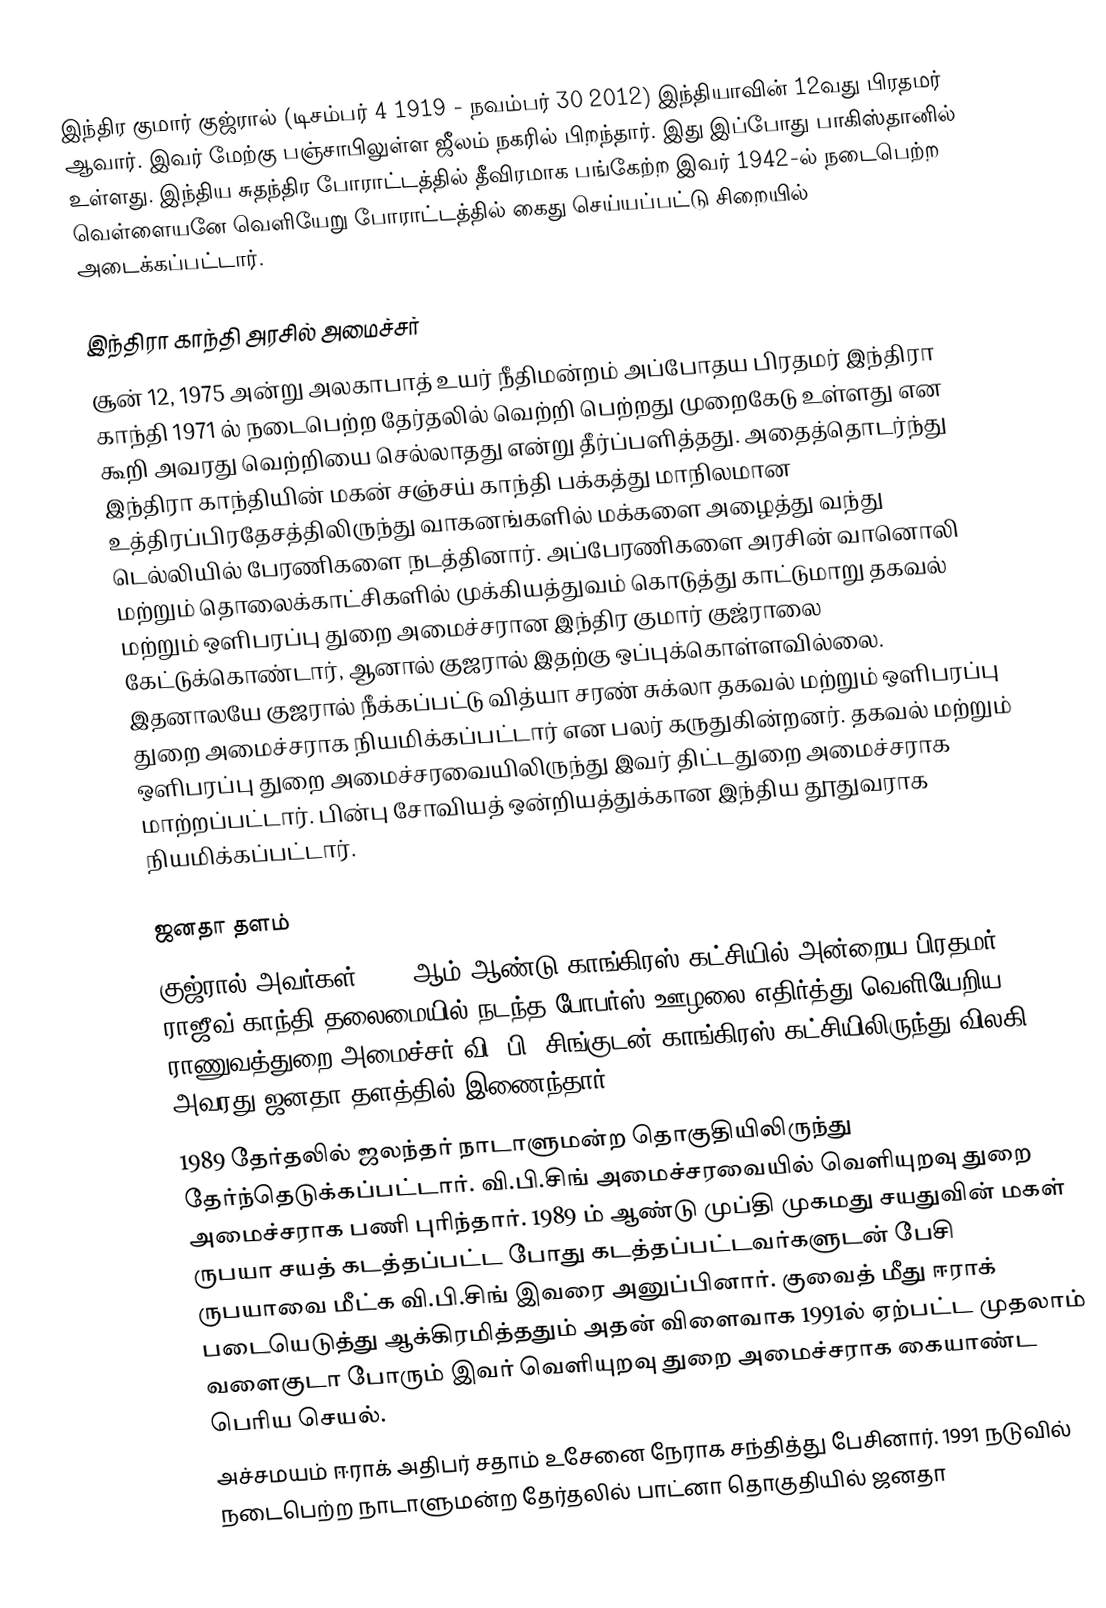
இந்திர குமார் குஜ்ரால் (டிசம்பர் 4 1919 - நவம்பர் 30 2012) இந்தியாவின் 12வது பிரதமர் ஆவார். இவர் மேற்கு பஞ்சாபிலுள்ள ஜீலம் நகரில் பிறந்தார். இது இப்போது பாகிஸ்தானில் உள்ளது. இந்திய சுதந்திர போராட்டத்தில் தீவிரமாக பங்கேற்ற இவர் 1942-ல் நடைபெற்ற வெள்ளையனே வெளியேறு போராட்டத்தில் கைது செய்யப்பட்டு சிறையில் அடைக்கப்பட்டார்.

இந்திரா காந்தி அரசில் அமைச்சர்
சூன் 12, 1975 அன்று அலகாபாத் உயர் நீதிமன்றம் அப்போதய பிரதமர் இந்திரா காந்தி 1971 ல் நடைபெற்ற தேர்தலில் வெற்றி பெற்றது முறைகேடு உள்ளது என கூறி அவரது வெற்றியை செல்லாதது என்று தீர்ப்பளித்தது. அதைத்தொடர்ந்து இந்திரா காந்தியின் மகன் சஞ்சய் காந்தி பக்கத்து மாநிலமான உத்திரப்பிரதேசத்திலிருந்து வாகனங்களில் மக்களை அழைத்து வந்து டெல்லியில் பேரணிகளை நடத்தினார். அப்பேரணிகளை அரசின் வானொலி மற்றும் தொலைக்காட்சிகளில் முக்கியத்துவம் கொடுத்து காட்டுமாறு தகவல் மற்றும் ஒளிபரப்பு துறை அமைச்சரான இந்திர குமார் குஜ்ராலை கேட்டுக்கொண்டார், ஆனால் குஜரால் இதற்கு ஒப்புக்கொள்ளவில்லை. இதனாலயே குஜரால் நீக்கப்பட்டு வித்யா சரண் சுக்லா தகவல் மற்றும் ஒளிபரப்பு துறை அமைச்சராக நியமிக்கப்பட்டார் என பலர் கருதுகின்றனர். தகவல் மற்றும் ஒளிபரப்பு துறை அமைச்சரவையிலிருந்து இவர் திட்டதுறை அமைச்சராக மாற்றப்பட்டார். பின்பு சோவியத் ஒன்றியத்துக்கான இந்திய தூதுவராக நியமிக்கப்பட்டார்.

ஜனதா தளம்
 குஜ்ரால் அவர்கள் 1989 ஆம் ஆண்டு காங்கிரஸ் கட்சியில் அன்றைய பிரதமர் ராஜீவ் காந்தி தலைமையில் நடந்த போபர்ஸ் ஊழலை எதிர்த்து வெளியேறிய ராணுவத்துறை அமைச்சர் வி. பி. சிங்குடன் காங்கிரஸ் கட்சியிலிருந்து விலகி அவரது ஜனதா தளத்தில் இணைந்தார்.
 1989 தேர்தலில் ஜலந்தர் நாடாளுமன்ற தொகுதியிலிருந்து தேர்ந்தெடுக்கப்பட்டார். வி.பி.சிங் அமைச்சரவையில் வெளியுறவு துறை அமைச்சராக பணி புரிந்தார். 1989 ம் ஆண்டு முப்தி முகமது சயதுவின் மகள் ருபயா சயத் கடத்தப்பட்ட போது கடத்தப்பட்டவர்களுடன் பேசி ருபயாவை மீட்க வி.பி.சிங் இவரை அனுப்பினார். குவைத் மீது ஈராக் படையெடுத்து ஆக்கிரமித்ததும் அதன் விளைவாக 1991ல் ஏற்பட்ட முதலாம் வளைகுடா போரும் இவர் வெளியுறவு துறை அமைச்சராக கையாண்ட பெரிய செயல்.
 அச்சமயம் ஈராக் அதிபர் சதாம் உசேனை நேராக சந்தித்து பேசினார். 1991 நடுவில் நடைபெற்ற நாடாளுமன்ற தேர்தலில் பாட்னா தொகுதியில் ஜனதா